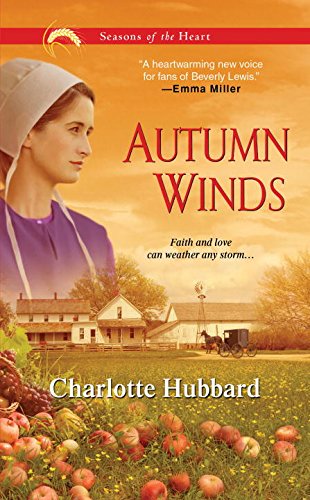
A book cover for Autumn Winds (Seasons of the Heart); Charlotte Hubbard; Christian Books & Bibles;